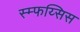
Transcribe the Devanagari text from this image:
स्म्फय्सिस